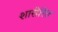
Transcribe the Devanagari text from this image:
शारीरित